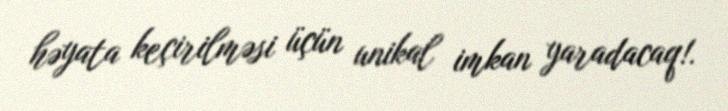
həyata keçirilməsi üçün unikal imkan yaradacaq!.